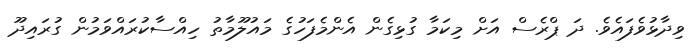
ވިދާޅުވެފައެވެ. ދަ ޕްރެސް އަށް މިކަމާ ގުޅިގެން އެންމެފަހުގެ މައުލޫމާތު ހިއްސާކުރައްވަމުން ގުރައިދޫ